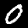
Label: 0